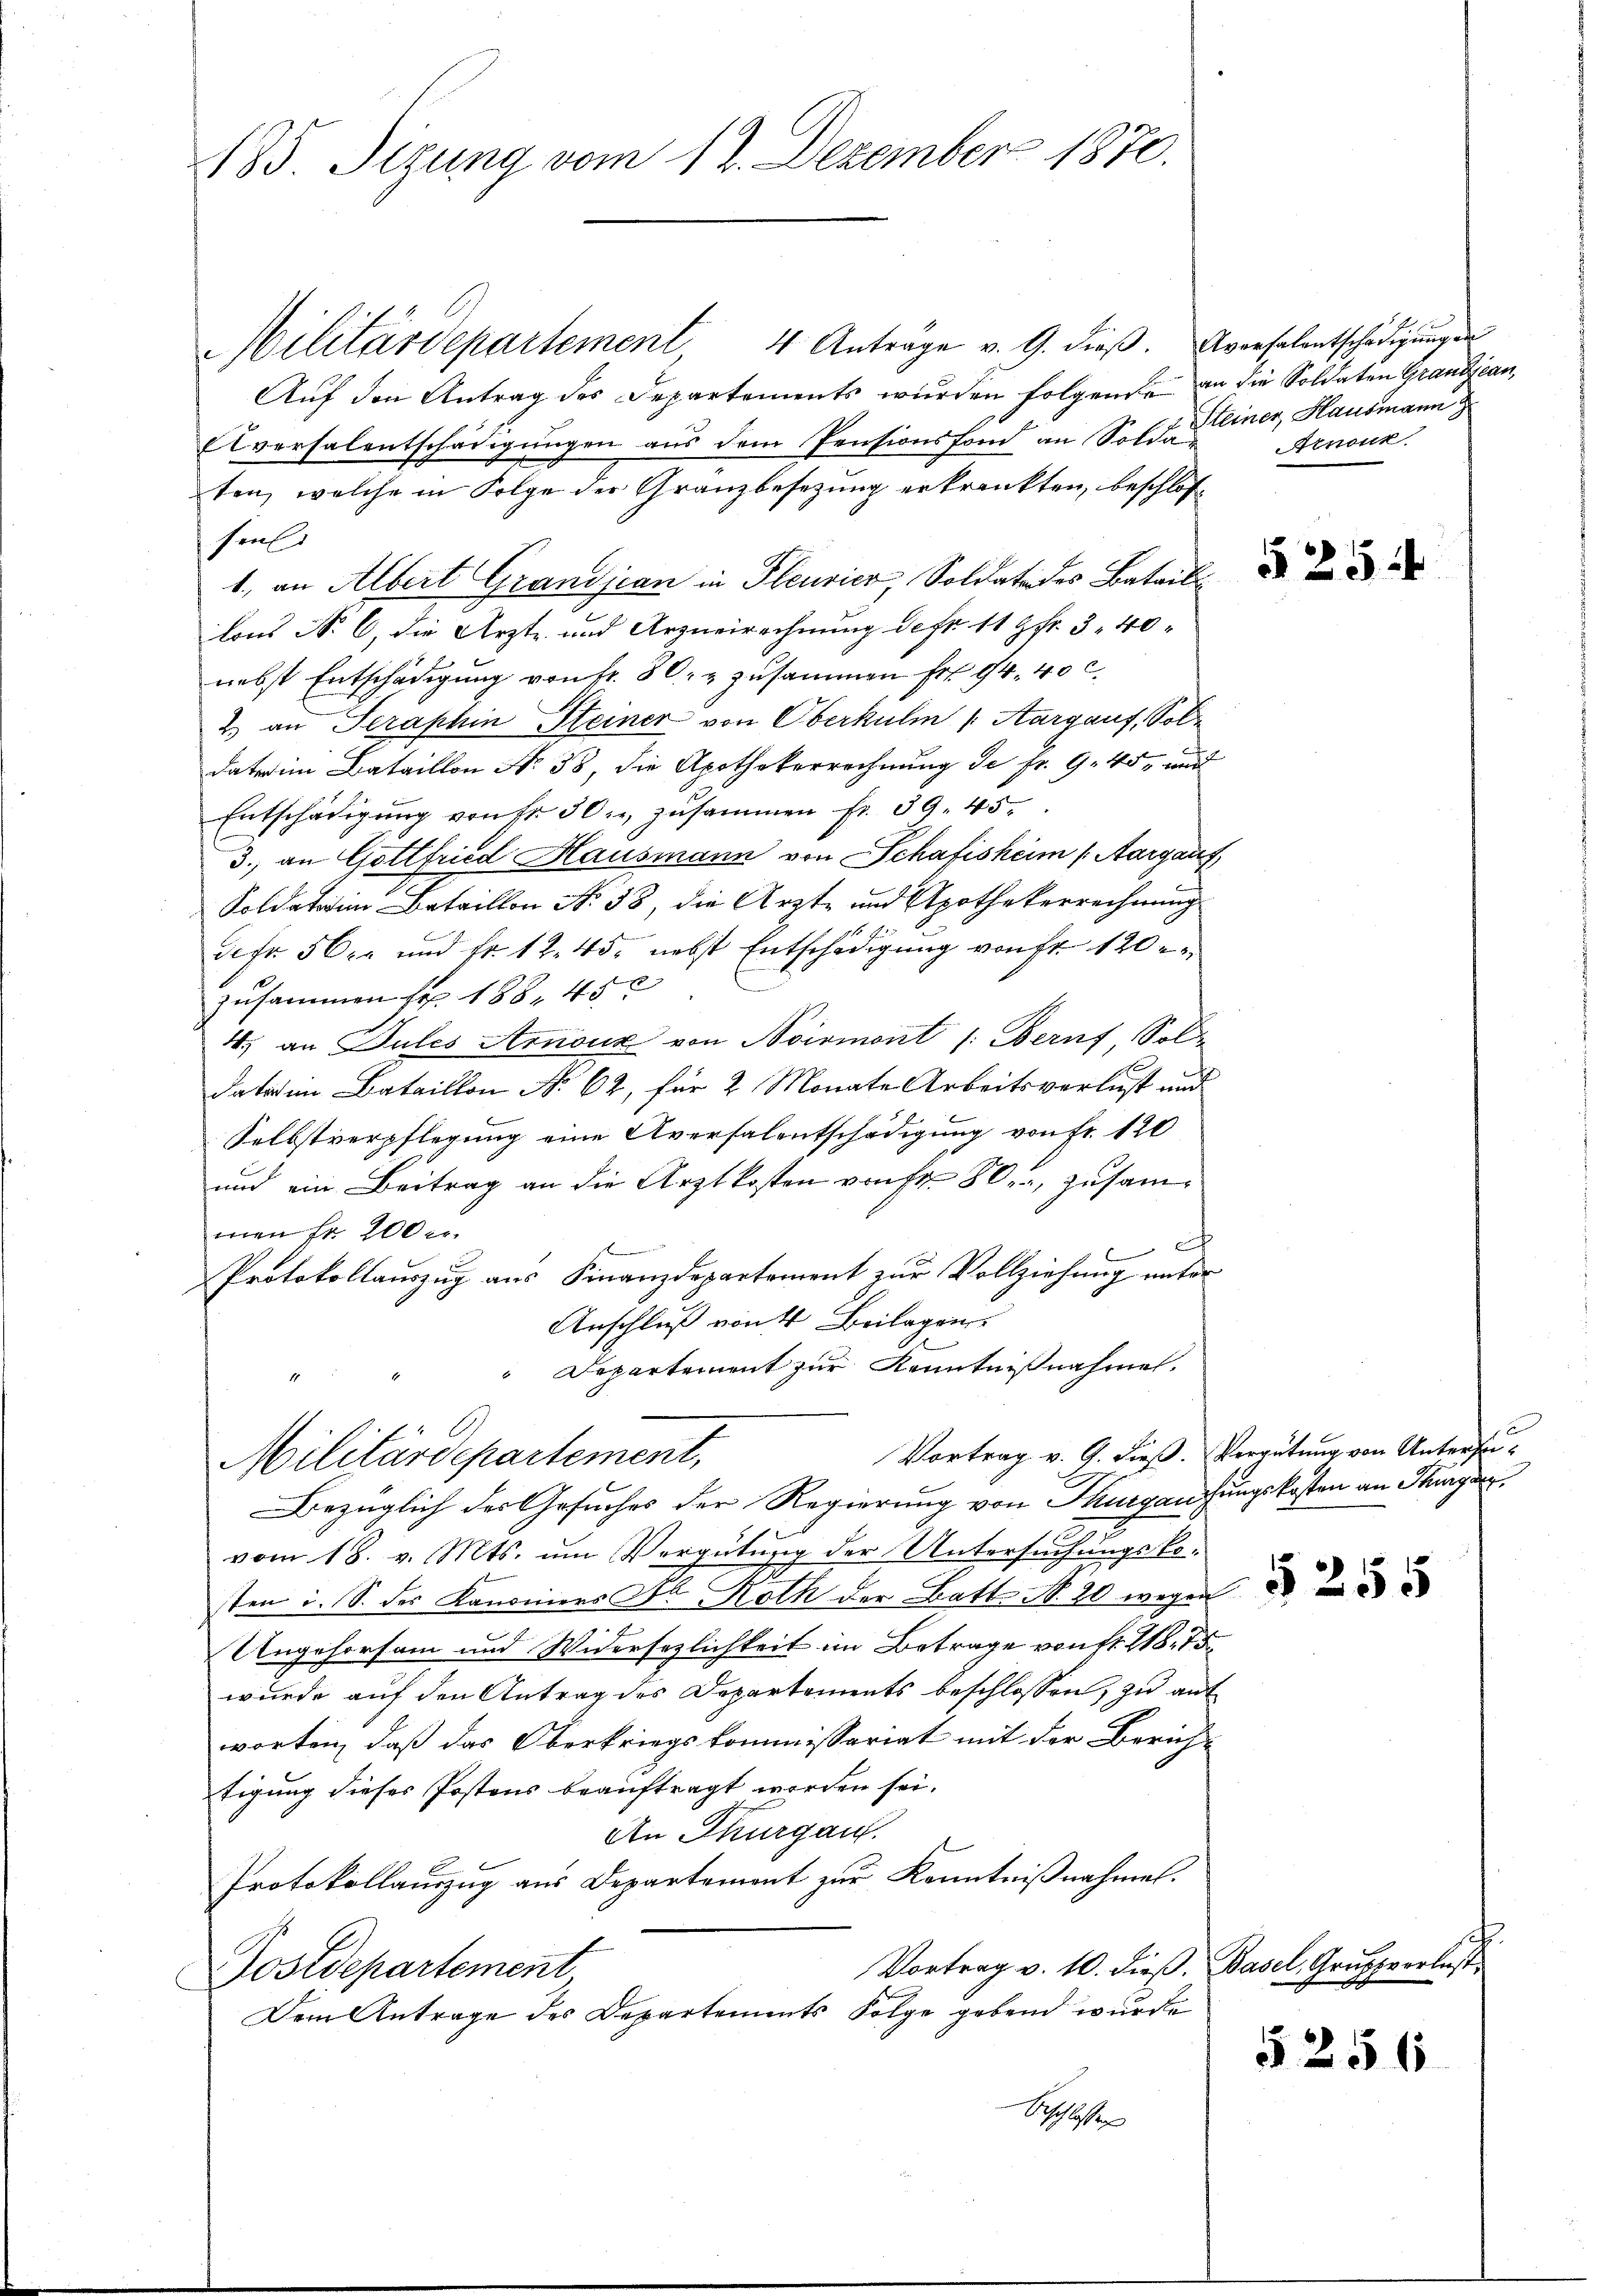
185. Sizung vom 12. Dezember 1870.

Militärdepartement, 4 Anträge v. G. dieß. Aversalentschädigungen
Aŭf den Antrag des Departements wurden folgende an die Soldaten Grandjean,
Aversalentschädigungen aus dem Pensionsfond an Solda
ten, welche in Folge der Granzbesezung erkrankten, beschlos
senl
1., an Albert Grandjean in Pleurier, Soldate des Batail
lons N. 6, die Arzte und Arzneirechnung des 11 9fr. 3. 40
nebst Entschädigung von fr. 80. u zusammen Fr. 94. 40 c.
2) an Seraphin Steiner von Oberkulm v. Aargauf, Sole
dat im Bataillon No 38, die Apothekerrechnung de fr. 9. 45, und
Entschädigung von Fr. 30. zusammen fr. 39. 45.
3., an Gottfried Hausmann von Schafisheim (Aargauf
Soldaten Bataillon No. 58, die Ärzte und Apothekerrechnung
defr 56 xr und Fr. 12. 45. nebst Entschädigung von Fr. 120
zusammen sr 168. 45 x
4., an Pules Arnouz von Noirmont /: Beruf Sol
dato in Bataillon No 62, für 2 Monate Arbeitsverlust und
Selbstverpflegung eine Aversalentschädigung von fr. 120
und ein Beitrag an die Arztkosten von Fr. 80, zusammen fr. 200 r.
Protokollauszug aus Finanzdepartement zur Vollziehung unter
Anschluß von 4 Beilagen
Departement zur Kenntnißnahmen.
Vortrag v. G. dieß. Vergütung von Untersu¬
Militärdepartement,
Bezüglich des Gesuches der Regierung von Thurgausungskosten an Sturger
1
vom 18. v. Mts. um Vergütung der Untersuchungskoten i. S. der Kanoniers Fr. Roth der Batt No. 20 wegen
Ungehorsam und Widersezlichkeit im Betrage von fr. 218. 75
wurde auf den Antrag des Departements beschlossen, zu ant
worten, daß das Oberkriegskommissariat mit der Zürich-
tigung dieses Postens beauftragt worden sei.
An Thurgau.
Protokollauszug aus Departement zur Kenntnißnahmen.
Vortrag v. 10. dieß, Basel, Gruppverlust,
Postdepartement
Dem Antrage des Departements Folge gebend wurde
Schaften

Steiner, Hausmann
Arnonk

§ 25

5256